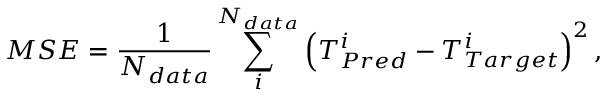
M S E = \frac { 1 } { N _ { d a t a } } \sum _ { i } ^ { N _ { d a t a } } \left( T _ { P r e d } ^ { i } - T _ { T a r g e t } ^ { i } \right) ^ { 2 } ,